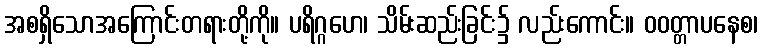
အစရှိသောအကြောင်းတရားတို့ကို။ ပရိဂ္ဂဟေ၊ သိမ်းဆည်းခြင်း၌ လည်းကောင်း။ ဝဝတ္တာပနေစ၊